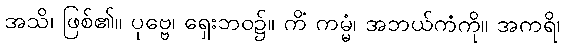
အသိ၊ ဖြစ်၏။ ပုဗ္ဗေ၊ ရှေးဘဝ၌။ ကိံ ကမ္မံ၊ အဘယ်ကံကို။ အကရိ၊